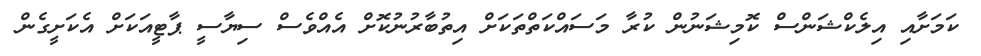
ކަމަށާއި އިލެކްޝަންސް ކޮމިޝަނުން ކުރާ މަސައްކަތްތަކަށް އިތުބާރުނުކޮށް އެއްވެސް ސިޔާސީ ޕާޓީއަކަށް އެކަށީގެން